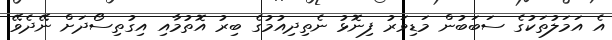
އެ އަމަލުތަކުގެ ސަބަބުން މަޑިވަރު ފިނޮޅު ނެތިދިއުމުގެ ބިރު އޮތުމާއި އިގުތިސޯދަށް ނޭދެވޭ